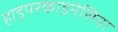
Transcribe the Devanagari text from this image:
हाइपरकाइनेसिया